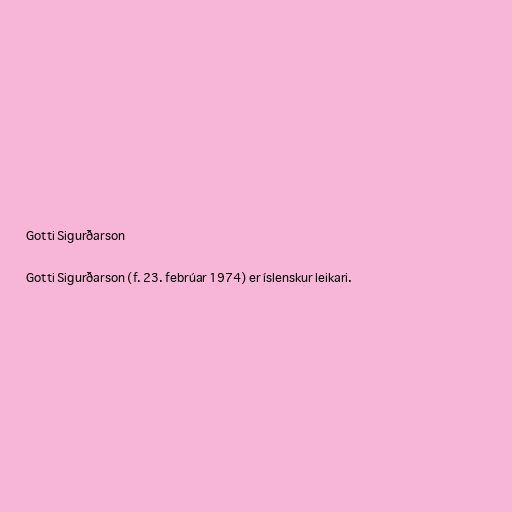
Gotti Sigurðarson

Gotti Sigurðarson (f. 23. febrúar 1974) er íslenskur leikari.